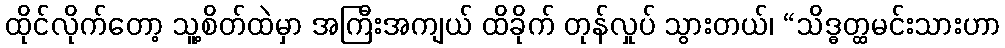
ထိုင်လိုက်တော့ သူ့စိတ်ထဲမှာ အကြီးအကျယ် ထိခိုက် တုန်လှုပ် သွားတယ်၊ “သိဒ္ဓတ္ထမင်းသားဟာ